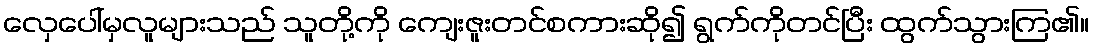
လှေပေါ်မှလူများသည် သူတို့ကို ကျေးဇူးတင်စကားဆို၍ ရွက်ကိုတင်ပြီး ထွက်သွားကြ၏။